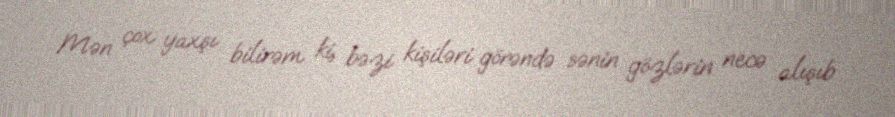
Mən çox yaxşı bilirəm ki, bəzi kişiləri görəndə sənin gözlərin necə alışıb